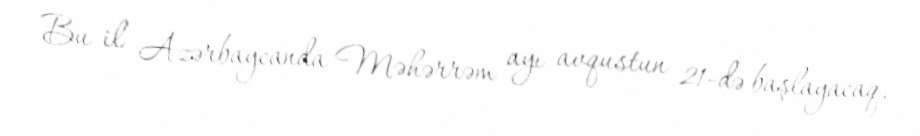
Bu il Azərbaycanda Məhərrəm ayı avqustun 21-də başlayacaq.